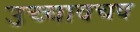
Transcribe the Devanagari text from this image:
उच्चावचव